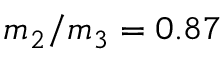
m _ { 2 } / m _ { 3 } = 0 . 8 7